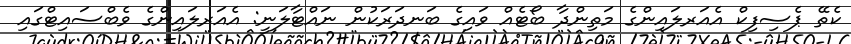
ކެތޭ ޕެސިފިކް އެއަރލައިންގެ މަތިންދާ ބޯޓެއް ވައިގެ ބަނދަރަކުން ނައްޓާލަނީ: އެއަރލައިންގެ ވެބްސައިޓްގައި